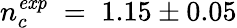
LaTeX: n_{c}^{\mathit{exp}}\; =\; 1.15\pm 0.05